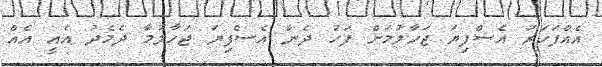
އެއްފަހަރު އެސްފިޔަ ޖަހާލުމަށް ފަހު ދެން އެސްފިޔަ ޖަހާލުމާ ދެމެދު އެއީ އެއް